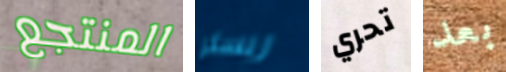
المنتجع ريسلر تحري بعد